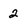
Character: 2